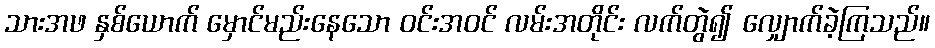
သားအဖ နှစ်ယောက် မှောင်မည်းနေသော ဝင်းအဝင် လမ်းအတိုင်း လက်တွဲ၍ လျှောက်ခဲ့ကြသည်။